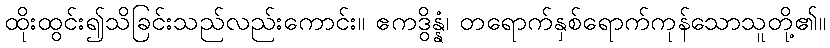
ထိုးထွင်း၍သိခြင်းသည်လည်းကောင်း။ ဧကဒွိန္နံ၊ တရောက်နှစ်ရောက်ကုန်သောသူတို့၏။